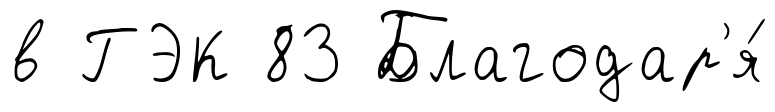
в ГЭК 83 Благодар'я́